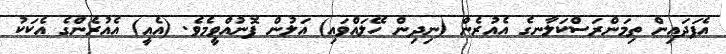
އެފަދައިން ތިމަންރަސްކަލާނގެ އެއުރެން (ނިދިން ހޭލައްވައި) އަލުން ފޮނުއްވީމެވެ. (އެއީ) އެއުރެންގެ އެކަކު